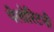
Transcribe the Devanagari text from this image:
पेलोरिटनी